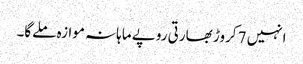
انہیں 7 کروڑ بھارتی روپے ماہانہ موازہ ملےگا۔